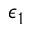
\epsilon _ { 1 }